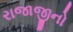
રાજાજીનો